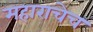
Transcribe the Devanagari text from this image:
महाराचेच